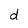
Character: d